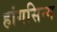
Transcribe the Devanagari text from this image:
हांगसिन्ग